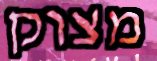
מצוק